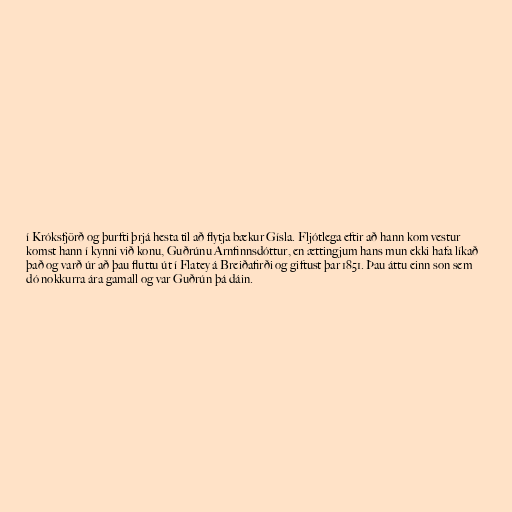
í Króksfjörð og þurfti þrjá hesta til að flytja bækur Gísla. Fljótlega eftir að hann kom vestur
komst hann í kynni við konu, Guðrúnu Arnfinnsdóttur, en ættingjum hans mun ekki hafa líkað
það og varð úr að þau fluttu út í Flatey á Breiðafirði og giftust þar 1851. Þau áttu einn son sem
dó nokkurra ára gamall og var Guðrún þá dáin.